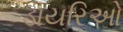
ડાયરિઓ